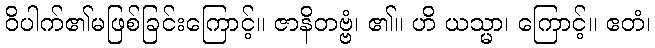
ဝိပါက်၏မဖြစ်ခြင်းကြောင့်။ ဇာနိတဗ္ဗံ၊ ၏။ ဟိ ယသ္မာ၊ ကြောင့်။ ဧတံ၊